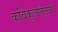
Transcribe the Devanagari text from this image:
कविकुलतिलको